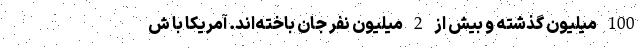
100 میلیون گذشته و بیش از 2 میلیون نفر جان باخته‌اند. آمریکا با ش